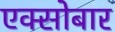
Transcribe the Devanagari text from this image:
एक्सोबार